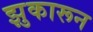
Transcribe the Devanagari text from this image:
झुकारून